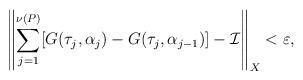
LaTeX: \begin{align*}\left\|\sum_{j=1}^{\nu(P)}[G(\tau_j,\alpha_j)-G(\tau_j,\alpha_{j-1})]- \mathcal{I} \right\|_{X}<\varepsilon,\end{align*}